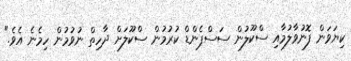
ކިޔަވަން ފޮނުވާލުމާއި ސްކޫލުން ސަސްޕެންޑް ކުރުމުން ސްކޫލަށް ދާހިތް ނުވުމުން ހިމެނެ އެވެ."